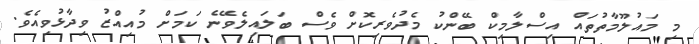
މި މައުލޫމާތުތައް އިސްލާމިކް ބޭންކު މެދުވެރިކޮށް ވެސް ބަލައިލެވޭނެ ކަމަށް މުއިއްޒު ވިދާޅުވިއެވެ.